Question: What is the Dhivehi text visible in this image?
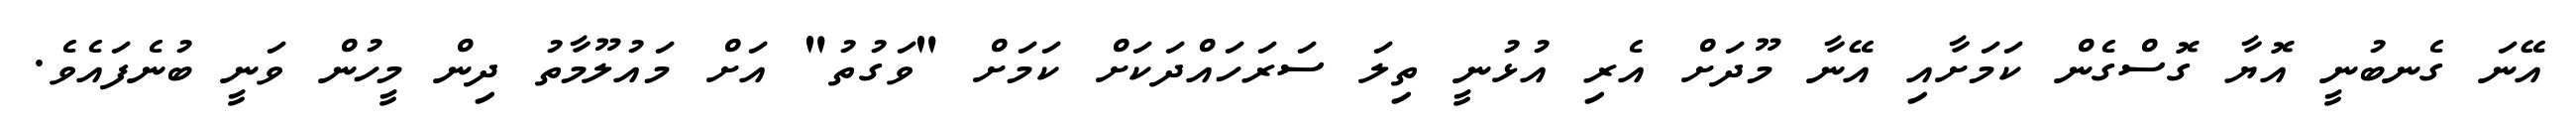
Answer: އޭނަ ގެނބުނީ އޮޔާ ގޮސްގެން ކަމަށާއި އޭނާ މޫދަށް އެރި އުޅުނީ ތިލަ ސަރަހައްދަކަށް ކަމަށް "ވަގުތު" އަށް މައުލޫމާތު ދިން މީހުން ވަނީ ބުނެފައެވެ.